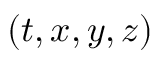
( t , x , y , z )